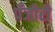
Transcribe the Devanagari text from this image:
पँजीरी